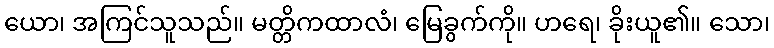
ယော၊ အကြင်သူသည်။ မတ္တိကထာလံ၊ မြေခွက်ကို။ ဟရေ၊ ခိုးယူ၏။ သော၊